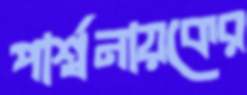
পার্শ্বনায়কের